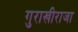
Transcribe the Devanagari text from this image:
गुराखीराजा